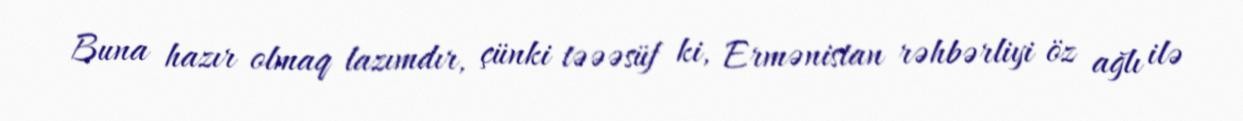
Buna hazır olmaq lazımdır, çünki təəəsüf ki, Ermənistan rəhbərliyi öz ağlı ilə